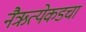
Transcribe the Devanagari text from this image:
नैऋत्येकडचा